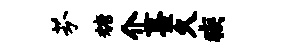
芬糖介薹久疾